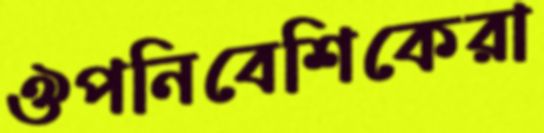
ঔপনিবেশিকেরা